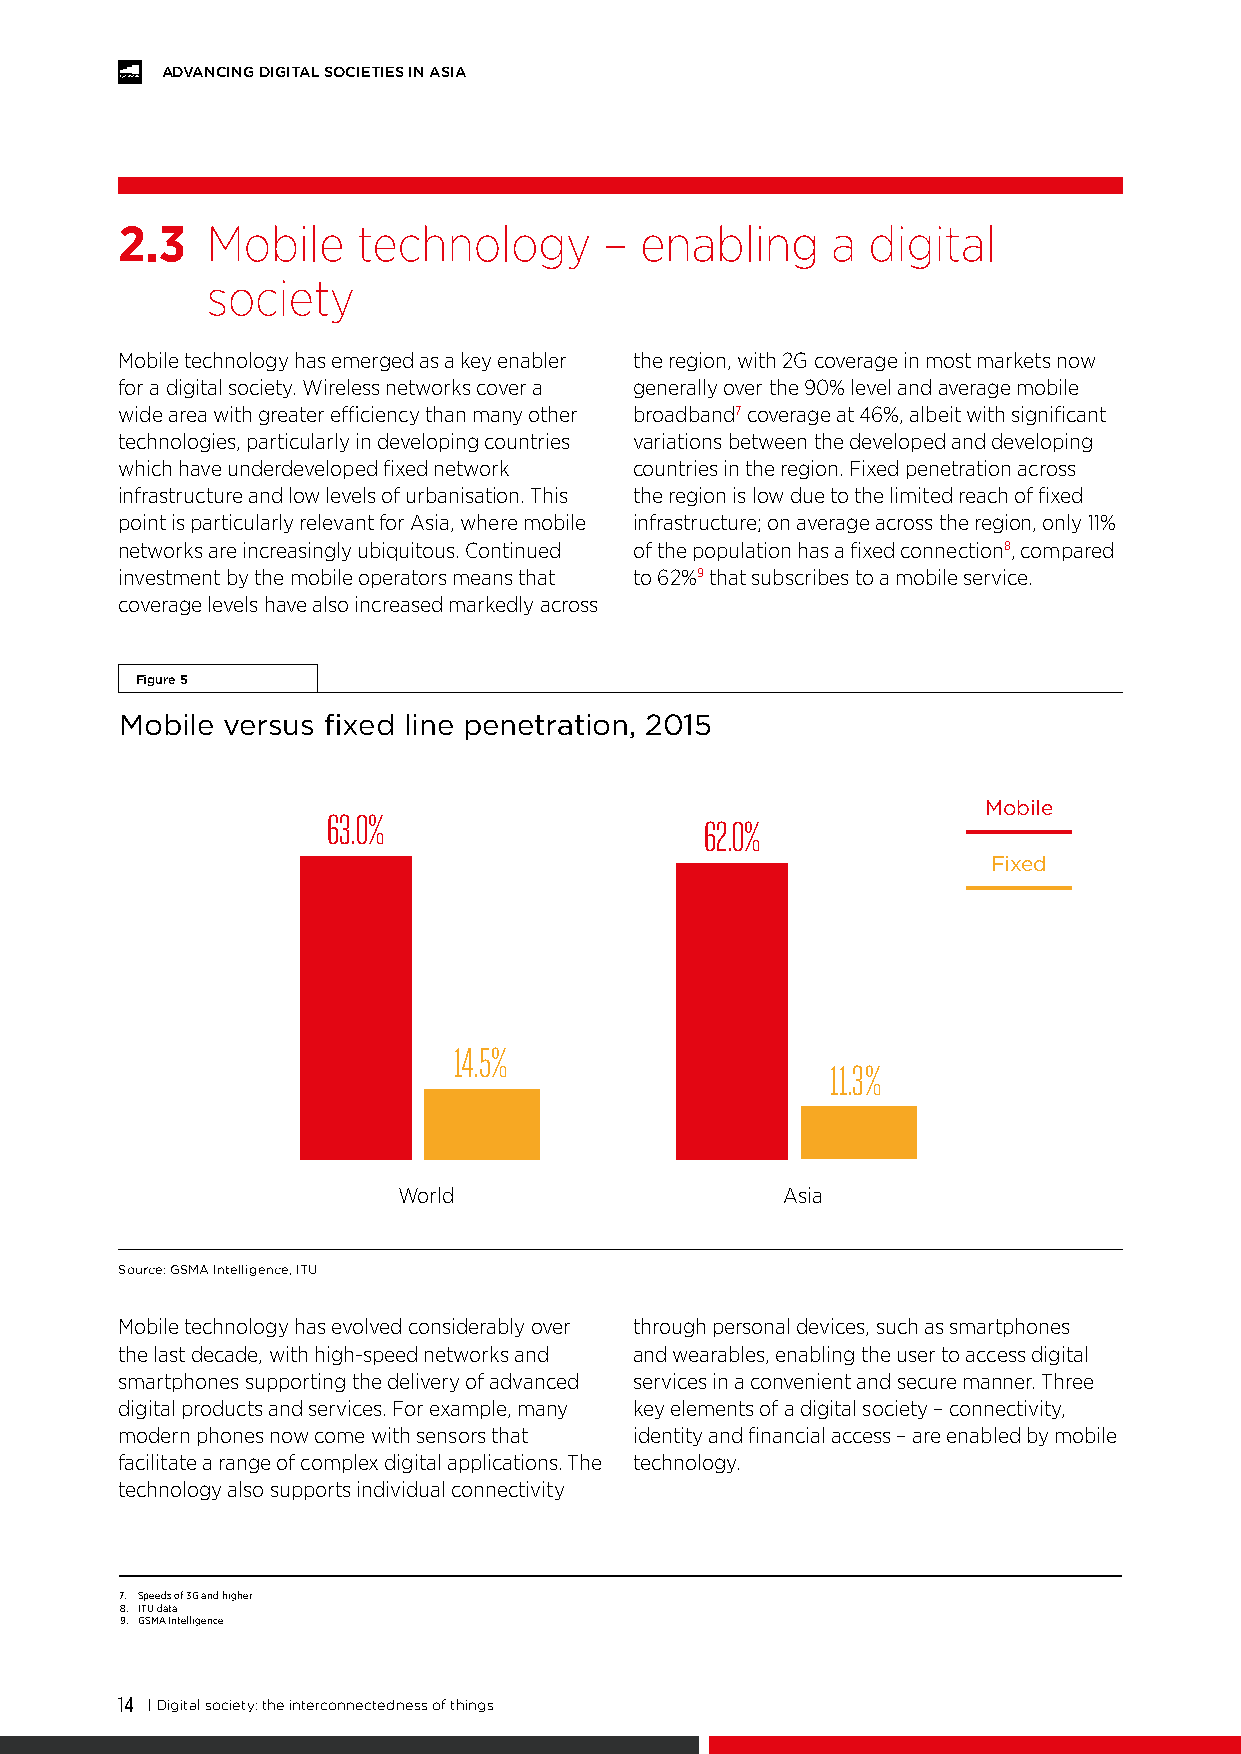
ADVANCING DIGITAL SOCIETIES IN ASIA
 2.3   Mobile    technology      – enabling     a digital
 society
 Mobile technology has emerged as a key enabler the region, with 2G coverage in most markets now
 for a digital society. Wireless networks cover a generally over the 90% level and average mobile
 wide area with greater efficiency than many other broadband7 coverage at 46%, albeit with significant
 technologies, particularly in developing countries variations between the developed and developing
 which have underdeveloped fixed network countries in the region. Fixed penetration across
 infrastructure and low levels of urbanisation. This the region is low due to the limited reach of fixed
 point is particularly relevant for Asia, where mobile infrastructure; on average across the region, only 11%
 networks are increasingly ubiquitous. Continued of the population has a fixed connection8, compared
 investment by the mobile operators means that to 62%9 that subscribes to a mobile service.
 coverage levels have also increased markedly across
 Figure 5
 Mobile versus fixed line penetration, 2015
 Mobile
 63.0%
 62.0%
 Fixed
 14.5%
 11.3%
 World                     Asia
 Source: GSMA Intelligence, ITU
 Mobile technology has evolved considerably over through personal devices, such as smartphones
 the last decade, with high-speed networks and and wearables, enabling the user to access digital
 smartphones supporting the delivery of advanced services in a convenient and secure manner. Three
 digital products and services. For example, many key elements of a digital society – connectivity,
 modern phones now come with sensors that identity and financial access – are enabled by mobile
 facilitate a range of complex digital applications. The technology.
 technology also supports individual connectivity
 7. Speeds of 3G and higher
 8. ITU data
 9. GSMA Intelligence
 14 | Digital society: the interconnectedness of things